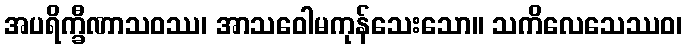
အပရိက္ခီဏာသဝဿ၊ အာသဝေါမကုန်သေးသော။ သကိလေသေဿဝ၊